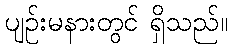
ပျဉ်းမနားတွင် ရှိသည်။